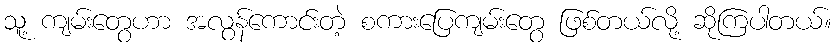
သူ့ ကျမ်းတွေဟာ အလွန်ကောင်းတဲ့ စကားပြေကျမ်းတွေ ဖြစ်တယ်လို့ ဆိုကြပါတယ်။